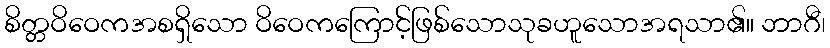
စိတ္တဝိဝေကအစရှိသော ဝိဝေကကြောင့်ဖြစ်သောသုခဟူသောအရသာ၏။ ဘာဂီ၊